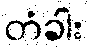
တံခါး